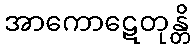
အာကောဋေတုန္တိ